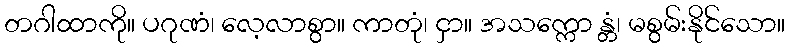
တဂါထာကို။ ပဂုဏံ၊ လေ့လာစွာ။ ကာတုံ၊ ငှာ။ အသက္ကော န္တံ၊ မစွမ်းနိုင်သော။